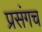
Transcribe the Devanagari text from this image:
प्रसंगच